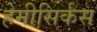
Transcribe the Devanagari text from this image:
हेमीसिर्कस